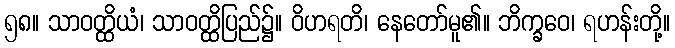
၅၈။ သာဝတ္ထိယံ၊ သာဝတ္ထိပြည်၌။ ဝိဟရတိ၊ နေတော်မူ၏။ ဘိက္ခဝေ၊ ရဟန်းတို့။